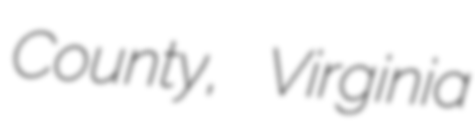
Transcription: County, Virginia